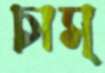
চাস্